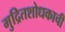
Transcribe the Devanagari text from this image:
मुद्रितशोधकाची